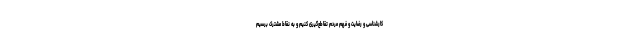
کارشناسی و رضایت و فهم مردم تقاطع‌گیری کنیم و به نقاط مشترک برسیم